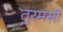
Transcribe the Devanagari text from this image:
तुरमसी